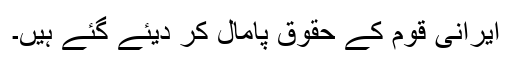
ایرانی قوم کے حقوق پامال کر دیئے گئے ہیں۔